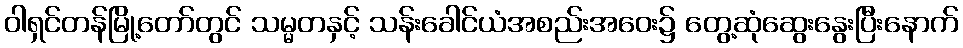
ဝါရှင်တန်မြို့တော်တွင် သမ္မတနှင့် သန်းခေါင်ယံအစည်းအဝေး၌ တွေ့ဆုံဆွေးနွေးပြီးနောက်